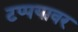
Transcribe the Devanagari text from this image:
टप्पयावर